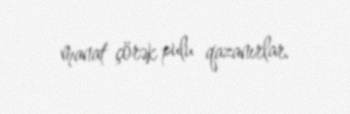
manat çörək pulu qazanırlar.